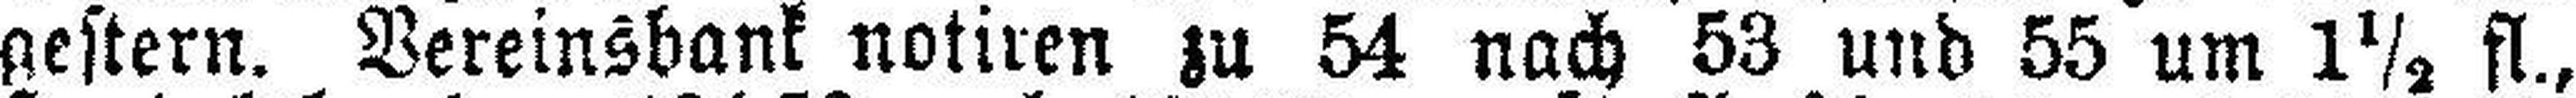
gestern. Vereinsbank notiren zu 54 nach 53 und 55 um 1½ fl.,